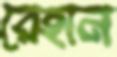
রেহান